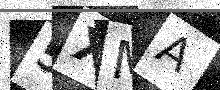
Text: 5XMA